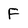
Character: F